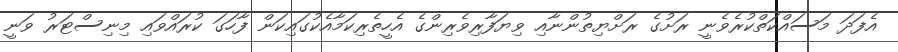
އެފަދަ މަސައްކަތްކުރެވެނީ ރަށުގެ ރަށްޔިތުންނާއި ވިޔަފާރިވެރިންގެ އެހީތެރިކަމާއެކުގައިކަން ފާހަގަ ކުރައްވައި މިނިސްޓަރު ވަނީ